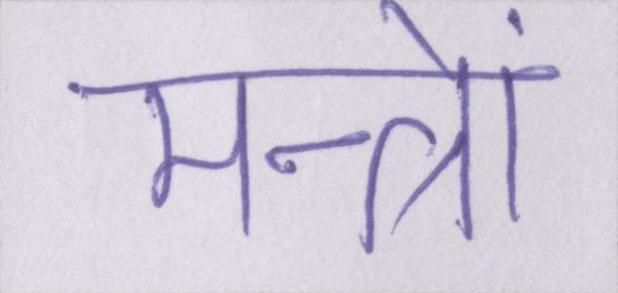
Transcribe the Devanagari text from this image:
मन्त्रों